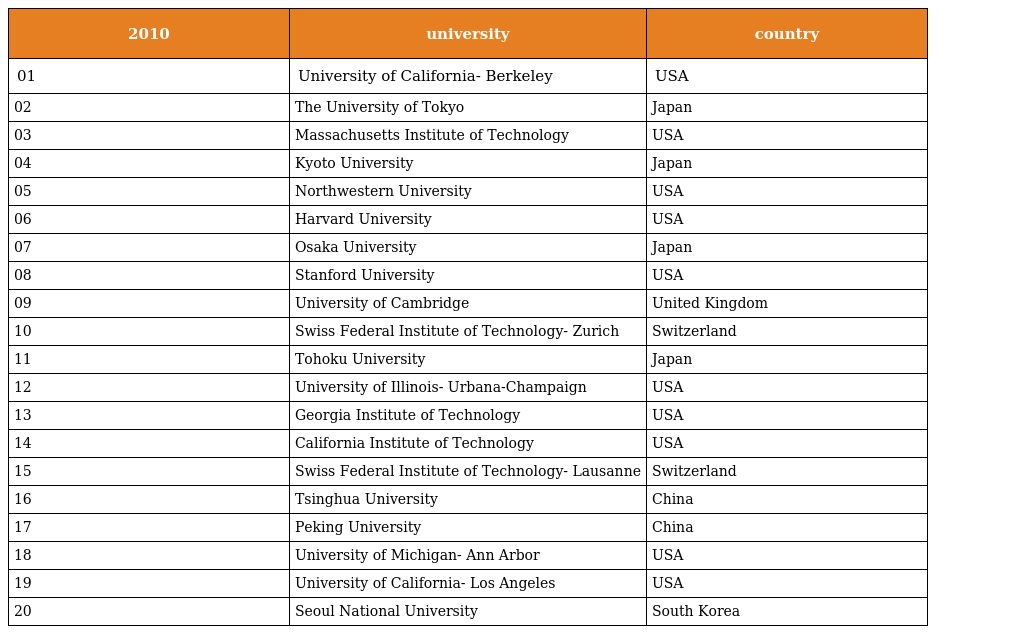
| 2010 | university | country |
 | --- | --- | --- |
 | 01 | University of California- Berkeley | USA |
 | 02 | The University of Tokyo | Japan |
 | 03 | Massachusetts Institute of Technology | USA |
 | 04 | Kyoto University | Japan |
 | 05 | Northwestern University | USA |
 | 06 | Harvard University | USA |
 | 07 | Osaka University | Japan |
 | 08 | Stanford University | USA |
 | 09 | University of Cambridge | United Kingdom |
 | 10 | Swiss Federal Institute of Technology- Zurich | Switzerland |
 | 11 | Tohoku University | Japan |
 | 12 | University of Illinois- Urbana-Champaign | USA |
 | 13 | Georgia Institute of Technology | USA |
 | 14 | California Institute of Technology | USA |
 | 15 | Swiss Federal Institute of Technology- Lausanne | Switzerland |
 | 16 | Tsinghua University | China |
 | 17 | Peking University | China |
 | 18 | University of Michigan- Ann Arbor | USA |
 | 19 | University of California- Los Angeles | USA |
 | 20 | Seoul National University | South Korea |